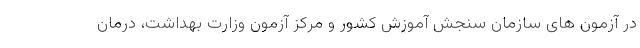
در آزمون های سازمان سنجش آموزش کشور و مرکز آزمون وزارت بهداشت، درمان